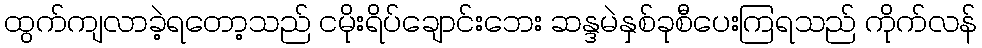
ထွက်ကျလာခဲ့ရတော့သည် ငမိုးရိပ်ချောင်းဘေး ဆန္ဒမဲနှစ်ခုစီပေးကြရသည် ကိုက်လန်